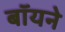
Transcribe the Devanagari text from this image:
बॉयने